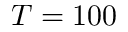
T = 1 0 0